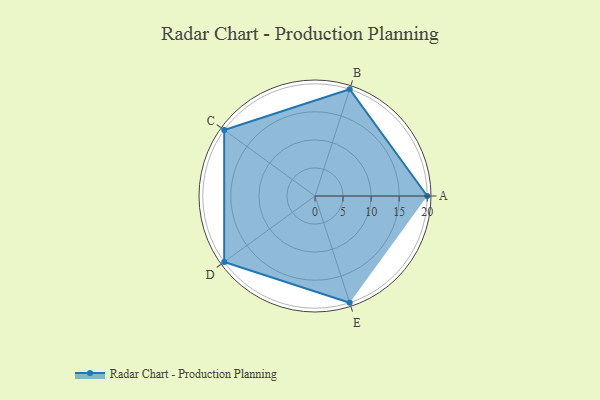
{"axis": {"x": "Skill", "y": "Score"}, "legend": ["Profile"], "data": [{"x": "A", "y": 20, "type": "Profile"}, {"x": "B", "y": 20, "type": "Profile"}, {"x": "C", "y": 20, "type": "Profile"}, {"x": "D", "y": 20, "type": "Profile"}, {"x": "E", "y": 20, "type": "Profile"}]}